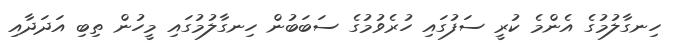
ހިނގާލުމުގެ އެންމެ ކުރީ ސަފުގައި ހުރެވުމުގެ ސަބަބުން ހިނގާލުމުގައި މީހުން ތިބި އަދަދާއި